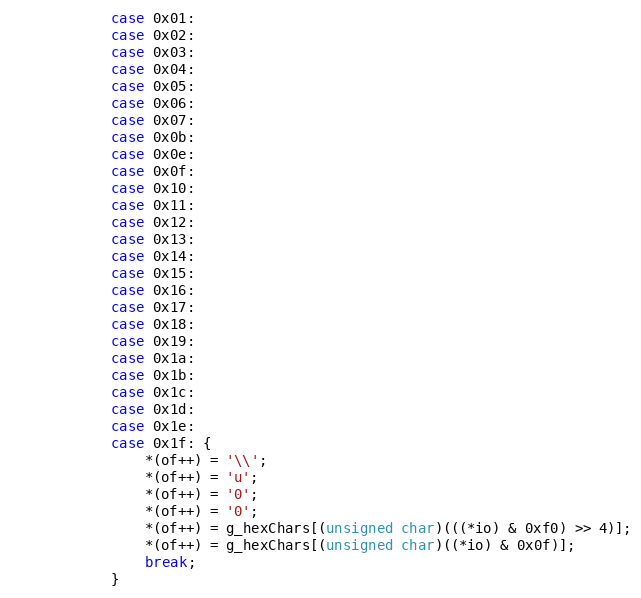
Language: C
            case 0x01:
            case 0x02:
            case 0x03:
            case 0x04:
            case 0x05:
            case 0x06:
            case 0x07:
            case 0x0b:
            case 0x0e:
            case 0x0f:
            case 0x10:
            case 0x11:
            case 0x12:
            case 0x13:
            case 0x14:
            case 0x15:
            case 0x16:
            case 0x17:
            case 0x18:
            case 0x19:
            case 0x1a:
            case 0x1b:
            case 0x1c:
            case 0x1d:
            case 0x1e:
            case 0x1f: {
                *(of++) = '\\';
                *(of++) = 'u';
                *(of++) = '0';
                *(of++) = '0';
                *(of++) = g_hexChars[(unsigned char)(((*io) & 0xf0) >> 4)];
                *(of++) = g_hexChars[(unsigned char)((*io) & 0x0f)];
                break;
            }